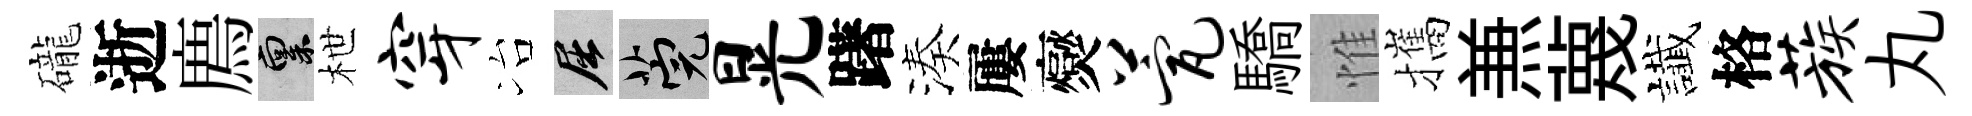
礲逝廌禀枻穿冶屈筦晃躇湊屢爕甍驕惟攜𠔥蔑䜟格蔟丸